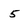
Character: 5